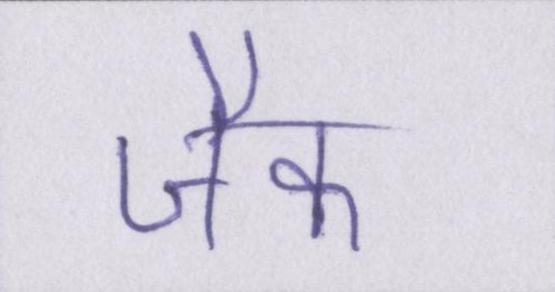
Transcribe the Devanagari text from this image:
जैक